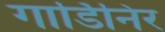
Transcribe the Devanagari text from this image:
गार्डिनिर